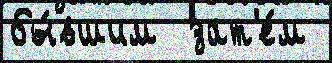
бы́вшим  зат'е́м